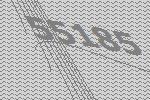
55185